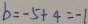
b = - 5 + 4 = - 1